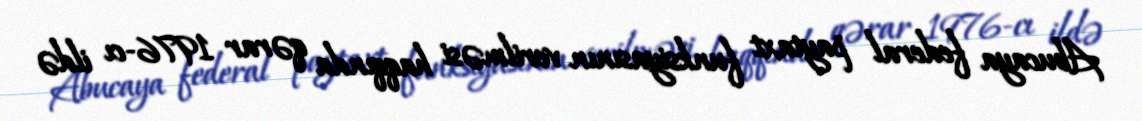
Abucaya federal paytaxt funksiyasının verilməsi haqqında qərar 1976-cı ildə